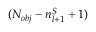
( N _ { o b j } - n _ { l + 1 } ^ { S } + 1 )